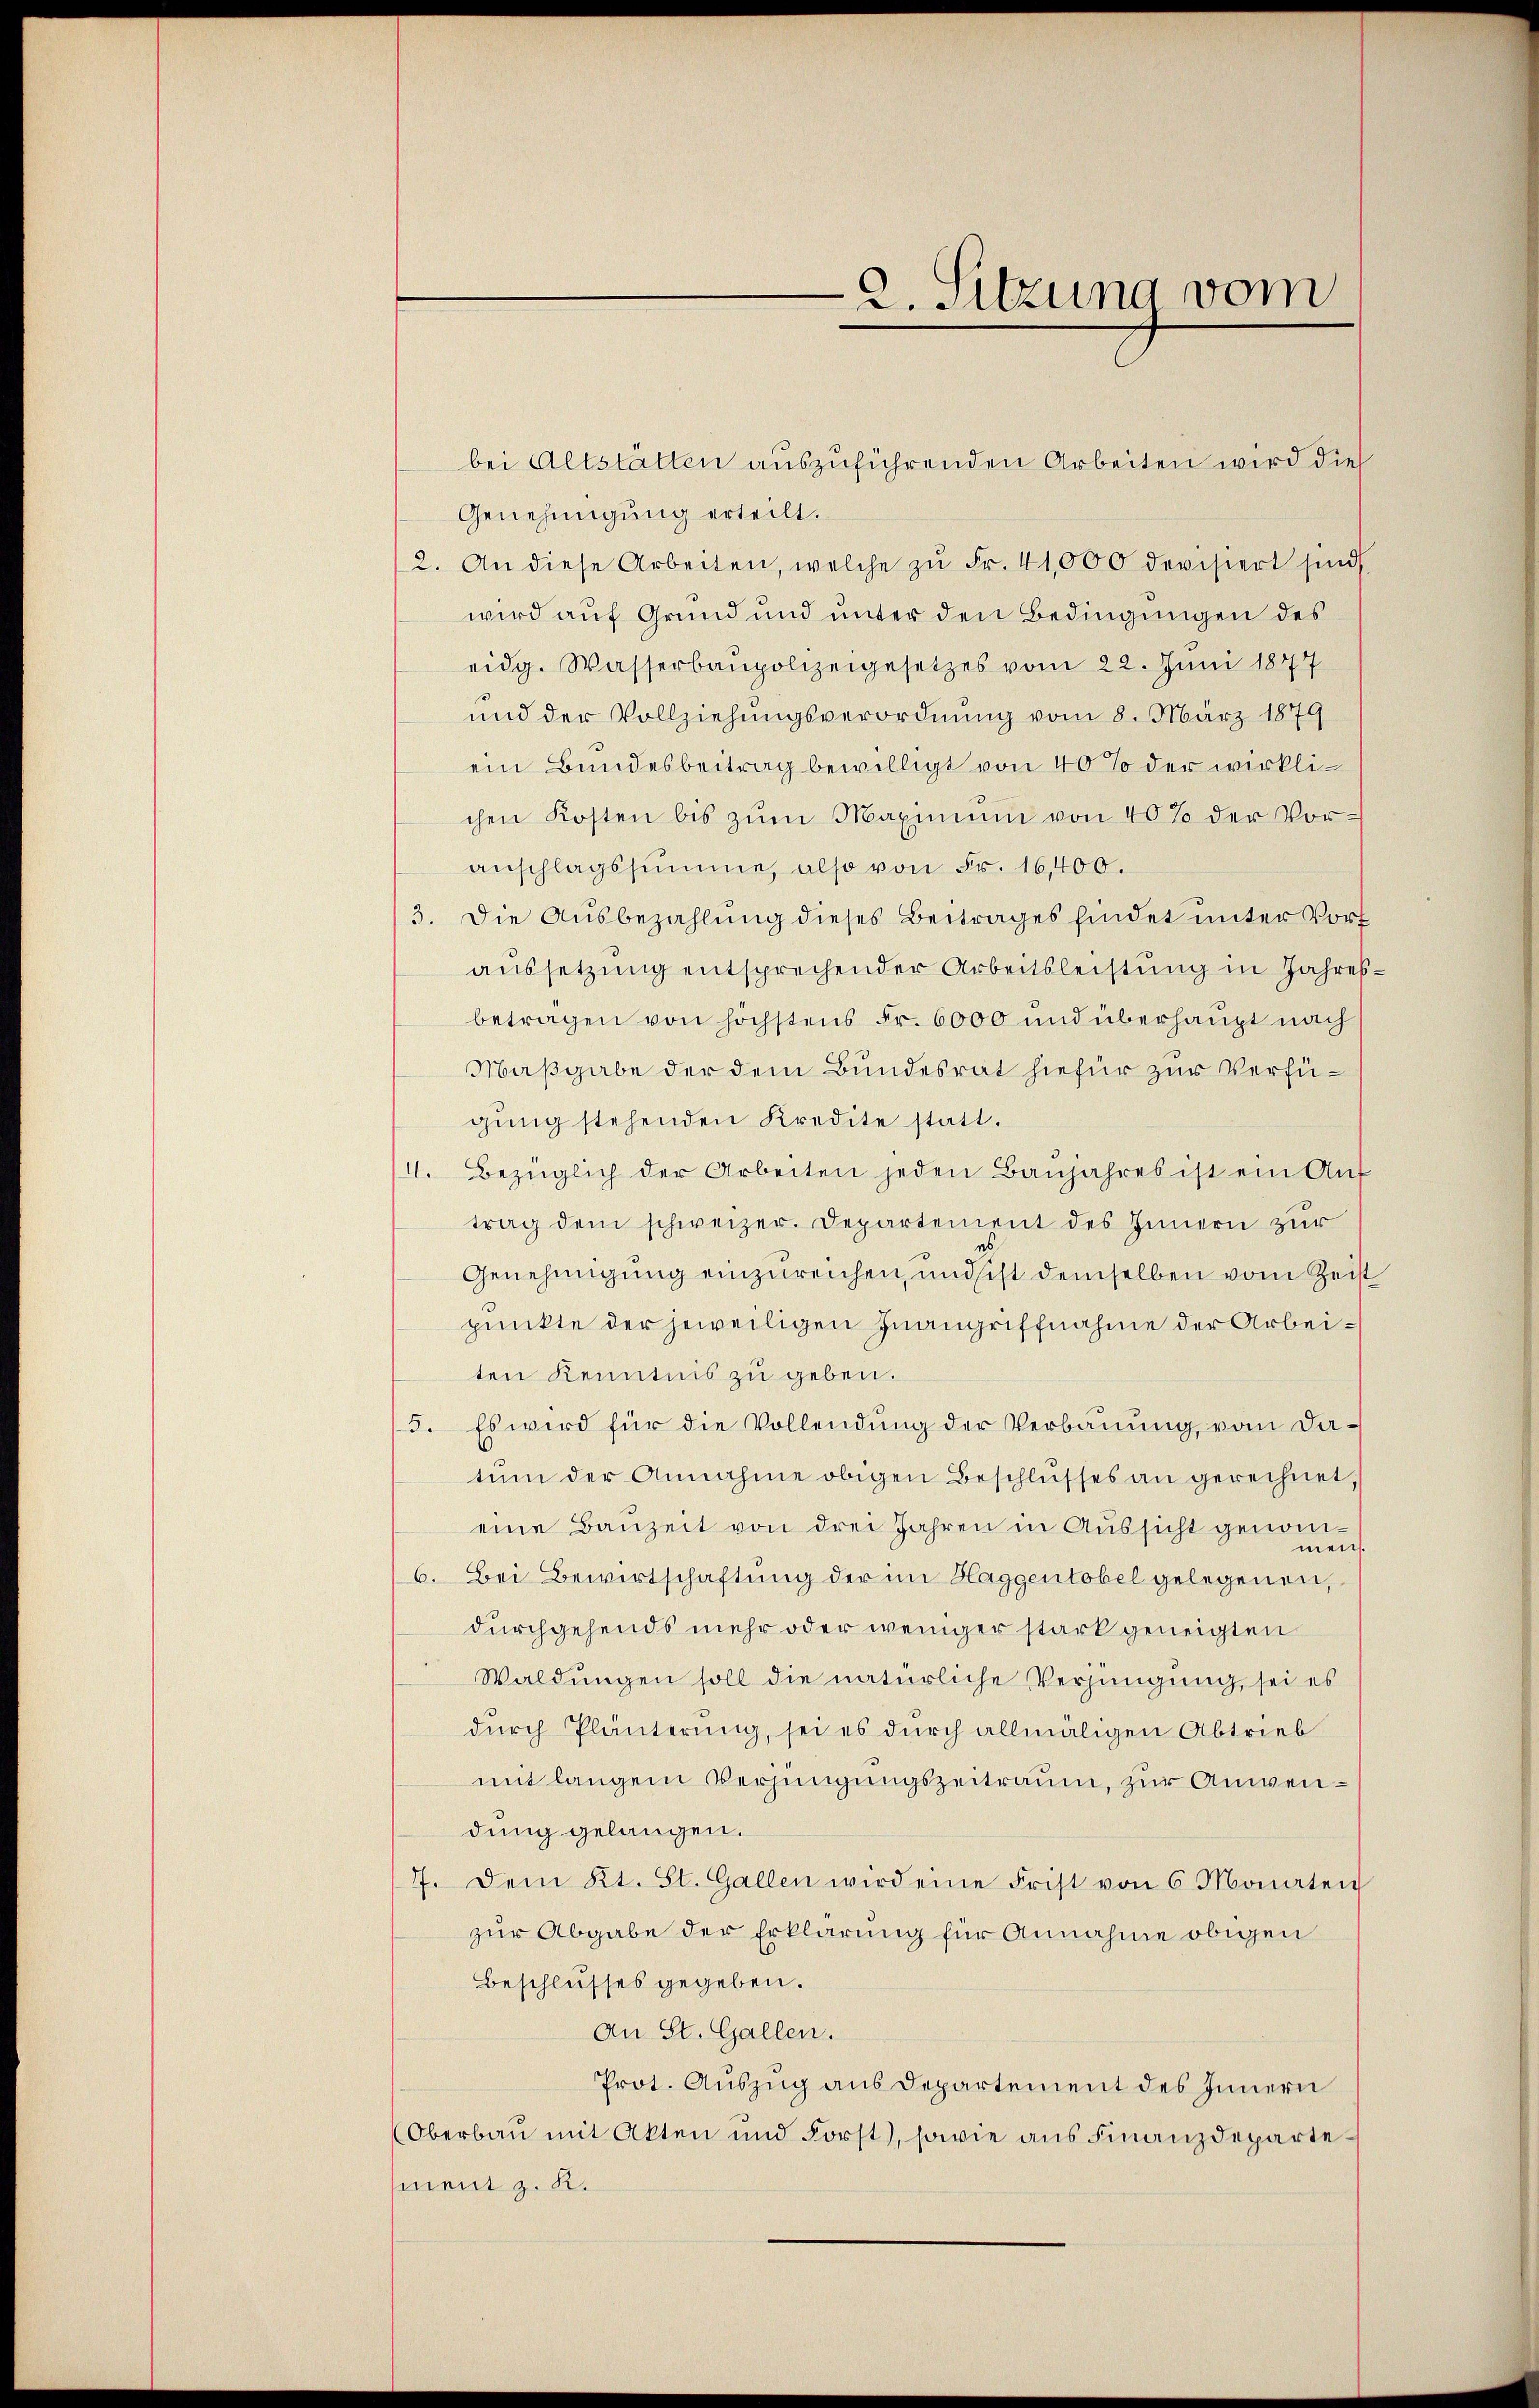
2. Sitzung vom

Genehmigung erteilt.
2. An diese Arbeiten, welche zŭ Fr. 41,000 devisiert sind
wird auf Grund und unter den Bedingungen des
eidg. Wasserbaupolizeigesetzes vom 22. Juni 1847
und der Vollziehungsverordnung vom 8. März 1879
ein Bundesbeitrag bewilligt von 40% der wirklichen Kosten bis zŭm Maximŭm von 40% der Vor-
anschlagssumme, also von Fr. 16,400.
3. Die Ausbezahlung dieses Beitrages findet unter Vorf
aussetzung entsprechender Arbeitsleistung in Jahresbetragen von höchstens Fr. 6000 und überhaupt nach
Maßgabe der dem Bundesrat hiefür zur Verfügŭng stehenden Kredite statt.
1. Bezüglich der Arbeiten jeden Baŭjahres ist ein Aŭf
trag dem schweizer. Departement des Innern zur
Genehmigung einzureichen, und sicht demselben vom Zeist
punkte der jeweiligen Inangriffnahme der Arbeiten Kenntnis zu geben.
3. Es wird für die Vollendung der Verbauung, vom Da-
tum der Annahme obigen Beschlusses an gerechnet
eine Bauzeit von drei Jahren in Aussicht genommen.
6. Bei Bewirtschaftung der im Haggentobel gelegenen,
durchgehends mehr oder weniger stark geneigten
Waldungen soll die natürliche Verjüngung, sei es
durch Pläuterung, sei es durch allmäligen Abtrieb
mit langem Verjüngungszeitraum, zur Anwendung gelangen.
7. Dem Kt. St. Gallen wird eine Frist von 6 Monaten
zur Abgabe der Erklärung für Annahme obigen
Beschlusses gegeben.
An St. Gallen.
Prot. Auszug aus Departement des Innern
(Oberbau mit Akten und Forst), sowie aus Finanzdepartement z. K.

bei Altstätten auszuführenden Arbeiten wird dies